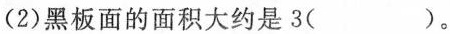
(2)黑板面的面积大约是3( )。